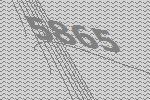
5865